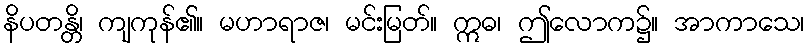
နိပတန္တိ၊ ကျကုန်၏။ မဟာရာဇ၊ မင်းမြတ်။ ဣဓ၊ ဤလောက၌။ အာကာသေ၊